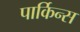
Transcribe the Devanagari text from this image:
पार्किन्स